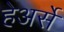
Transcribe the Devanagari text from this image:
हेअर्से